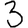
Digit: 3